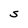
Character: S